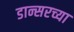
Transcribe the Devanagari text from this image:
डान्सरच्या